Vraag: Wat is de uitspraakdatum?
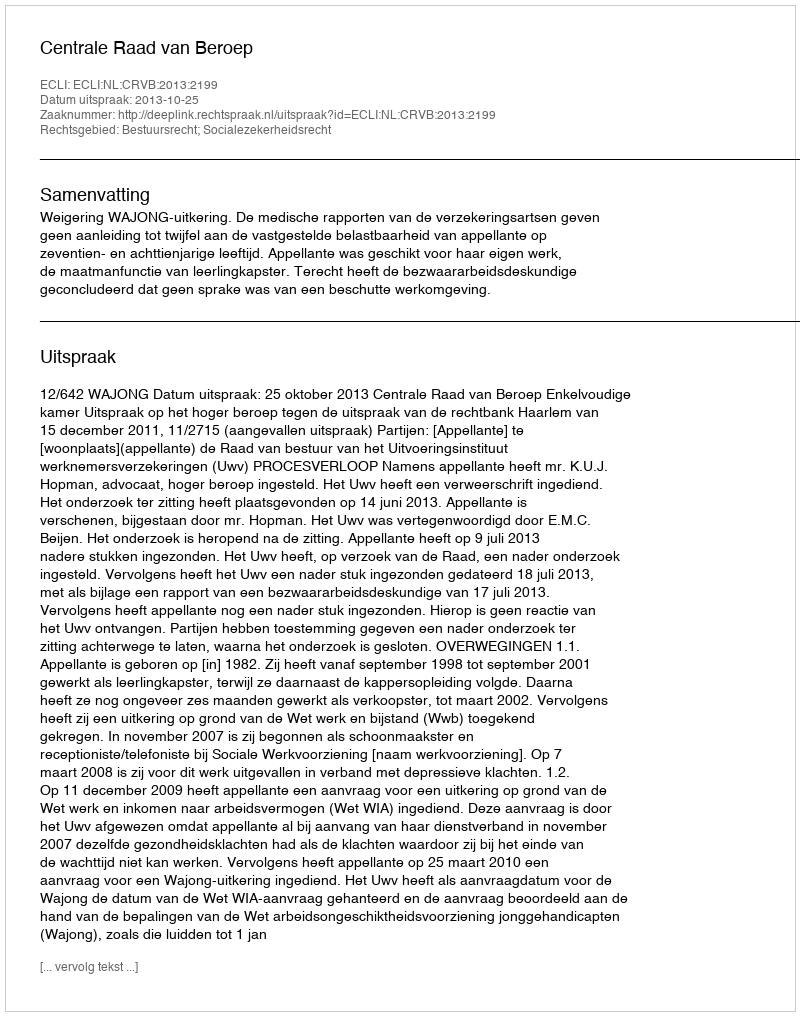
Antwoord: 2013-10-25